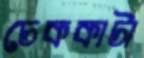
চেককাটা